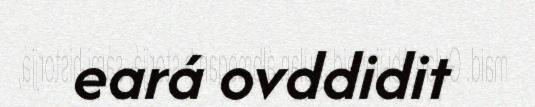
eará ovddidit